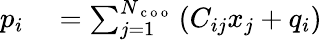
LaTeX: \begin{array}{rl}{p_{i}}&{{}=\sum_{j=1}^{N_{\mathrm{~c~o~o~}}}\left(C_{ij}x_{j}+q_{i}\right)}\end{array}